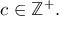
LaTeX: c \in \mathbb { Z } ^ { + } .